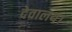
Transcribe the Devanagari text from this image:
देवालय।